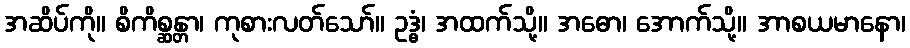
အဆိပ်ကို။ စိကိစ္ဆန္တာ၊ ကုစားလတ်သော်။ ဥဒ္ဓံ၊ အထက်သို့။ အဓော၊ အောက်သို့။ အာစယမာနော၊